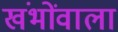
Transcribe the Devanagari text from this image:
खंभोंवाला